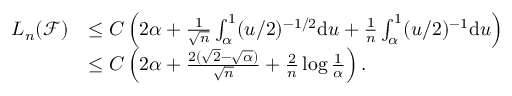
\begin{array} { r l } { L _ { n } ( \mathcal { F } ) } & { \leq C \left( 2 \alpha + \frac { 1 } { \sqrt { n } } \int _ { \alpha } ^ { 1 } ( u / 2 ) ^ { - 1 / 2 } \mathrm { d } u + \frac { 1 } { { n } } \int _ { \alpha } ^ { 1 } ( u / 2 ) ^ { - 1 } \mathrm { d } u \right) } \\ & { \leq C \left( 2 \alpha + \frac { 2 ( \sqrt { 2 } - \sqrt { \alpha } ) } { \sqrt { n } } + \frac { 2 } { n } \log \frac { 1 } { \alpha } \right) . } \end{array}